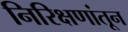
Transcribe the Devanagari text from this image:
निरिक्षणांतून